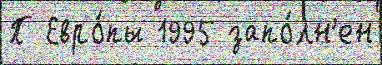
П Евро́пы 1995 запо́лн'ен